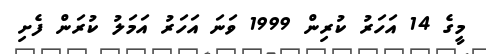
މީގެ 14 އަހަރު ކުރިން 1999 ވަނަ އަހަރު އަމަލު ކުރަން ފެށި